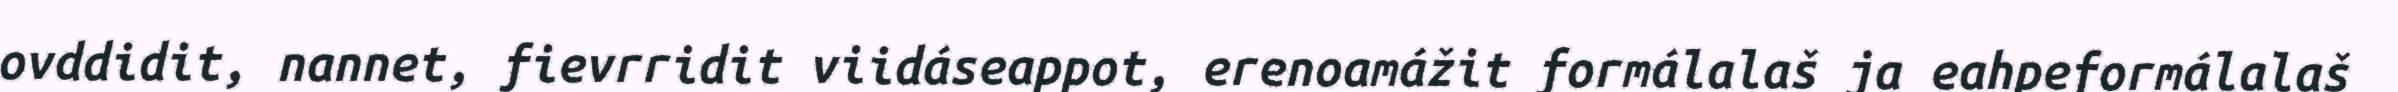
ovddidit, nannet, fievrridit viidáseappot, erenoamážit formálalaš ja eahpeformálalaš